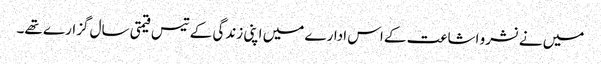
میں نے نشرو اشاعت کے اس ادارے میں اپنی زندگی کے تیس قیمتی سال گزارے تھے۔